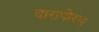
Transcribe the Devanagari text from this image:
दारापोरम